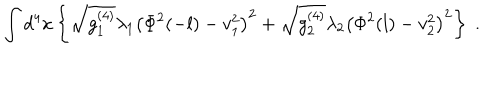
\int d ^ { 4 } x \left\{ \sqrt { g _ { 1 } ^ { ( 4 ) } } \lambda _ { 1 } \left( \Phi ^ { 2 } ( - l ) - v _ { 1 } ^ { 2 } \right) ^ { 2 } + \sqrt { g _ { 2 } ^ { ( 4 ) } } \lambda _ { 2 } \left( \Phi ^ { 2 } ( l ) - v _ { 2 } ^ { 2 } \right) ^ { 2 } \right\} \; .